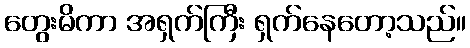
တွေးမိကာ အရှက်ကြီး ရှက်နေတော့သည်။